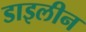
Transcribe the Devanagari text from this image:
डाइलीन